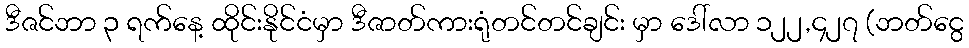
ဒီဇင်ဘာ ၃ ရက်နေ့ ထိုင်းနိုင်ငံမှာ ဒီဇာတ်ကားရုံတင်တင်ချင်း မှာ ဒေါ်လာ ၁၂၂,၄၂၇ (ဘတ်ငွေ